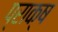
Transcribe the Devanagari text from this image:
प्राक्ष